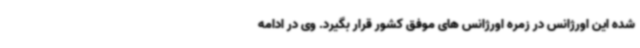
شده این اورژانس در زمره اورژانس های موفق کشور قرار بگیرد. وی در ادامه